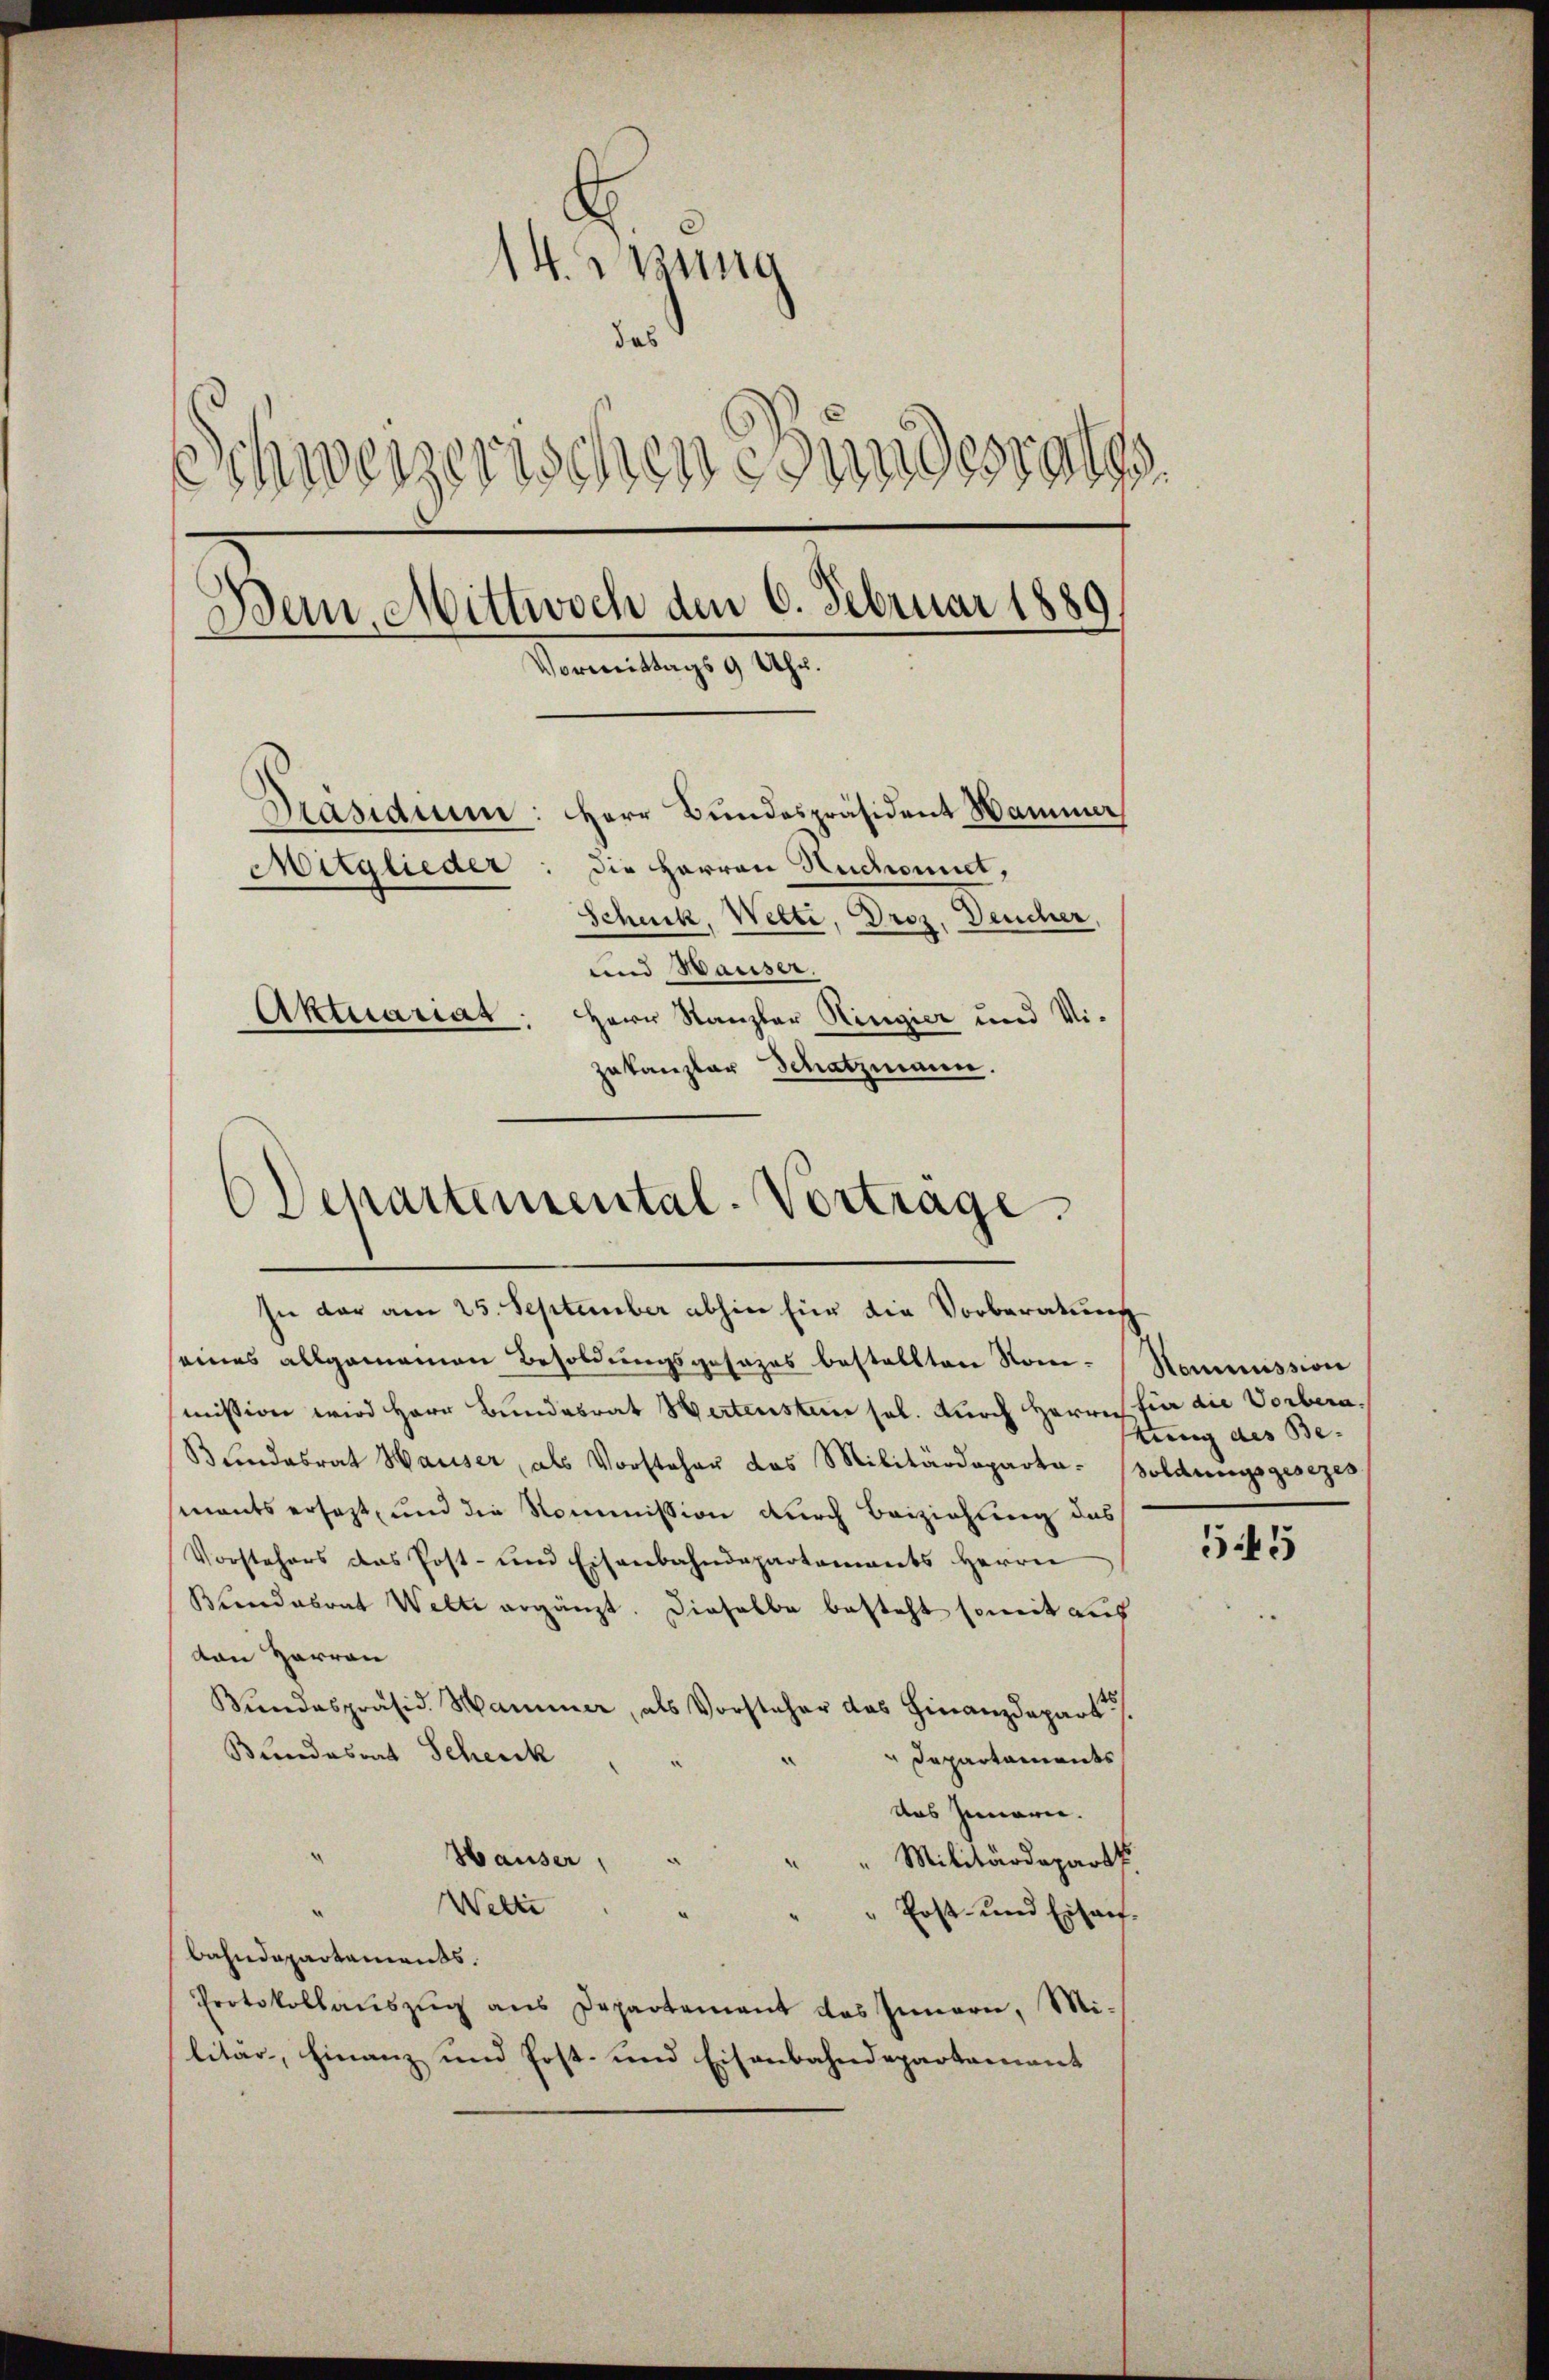
14. Jung
das S
Schweizerischen Bundesraths
Dein Mittwoch den 6. Februar 1889
Vormittags 9 Uhr.
Präsidium: Herr Bundespräsident Hammer
die Herren Huckomit,
Mitglieder
Scheck, Wette, Droz. Deucher,
und Hauser.
Aktuariat: Herr Kanzler Ringier und Vi¬
Zukanzler Schatzmann.

Departemental-Vortrage.
In der am 25. September abhin für die Vorberatung

seines allgemeinen Besoldungsgesezes bestellten Nom-Kommission
mission wird Herr Bundesrat Hertensten sel. Durch Herrn für die Vorbera¬
B hindesrat Hauser, als Vorsteher das Militärdeparta-soldungsgesezes
sments ersezt, und die Kommission durch Beiziehung des
Vorstehers das Post- und Eisenbahndepartements Herrn
Bundesrat Welte ergänzt. Dieselbe besteht somit aus
von Harron
Bŭndespräsid. Hammer, als Vorsteher das Finanzdepart
Bundesrat Schenck
" Departaments
das Zimmern.
Hauser,
Militärdeparte
Welti
Post- und Eisauf.
bahndepartements.
Protokollaŭszŭg ans Departement das Innern, Militär, Finanz und Post- und Eisenbahndepartement

tung des Be-

545